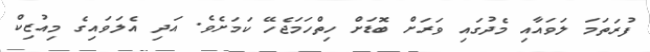
ފުރަތަމަ ލަވައާއި މެދުގައި ވަރަށް ބޮޑަށް ހިތްހަމަޖެހޭ ކަމަށެވެ. އަދި އެލަވައިގެ މިއުޒިކް